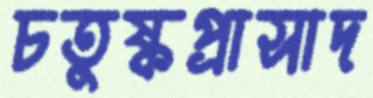
চতুষ্কপ্রাসাদ